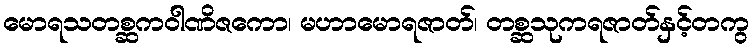
မောရသတစ္ဆကဝါဏိဇကော၊ မဟာမောရဇာတ်၊ တစ္ဆသုကရဇာတ်နှင့်တကွ